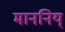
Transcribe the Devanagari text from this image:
माननिय्